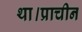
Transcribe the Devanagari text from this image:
था।प्राचीन